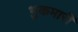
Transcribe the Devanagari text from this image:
भुकमारी